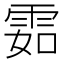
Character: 𩂰